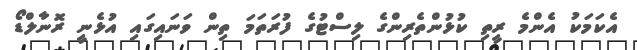
އެކަމަކު އެންމެ ރީތި ކުޅުންތެރިންގެ ލިސްޓުގެ ފުރަތަމަ ތިން ވަނައިގައި އުޅެނީ ރޮނާލްޑޯ